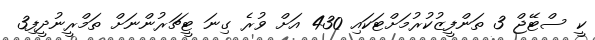
ކީ ސްޓޭޖް 3 ތަންފީޒުކުރުމަށްޓަކައި 430 އަށް ވުރެ ގިނަ ޓީޗަރުންނަށް ތަމްރީނުދީފި3